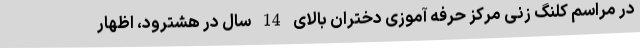
در مراسم کلنگ زنی مرکز حرفه آموزی دختران بالای 14 سال در هشترود، اظهار